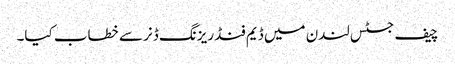
چیف جسٹس لندن میں ڈیم فنڈ ریزنگ ڈنر سے خطاب کیا۔